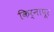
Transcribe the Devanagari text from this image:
किर्नापूर